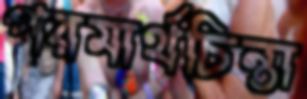
পরমার্থচিন্তা